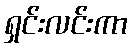
ရှင်းလင်းကာ